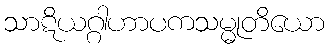
သာဋိယဂ္ဂါဟာပကသမ္မုတိယော